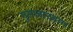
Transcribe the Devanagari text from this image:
गुलजा़रबाग